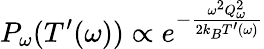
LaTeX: P_{\omega}(T^{\prime}(\omega))\propto e^{-\frac{\omega^{2}Q_{\omega}^{2}}{2k_{B}T^{\prime}(\omega)}}